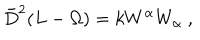
LaTeX: \bar { D } ^ { 2 } ( L - \Omega ) = k W ^ { \alpha } W _ { \alpha } \ ,